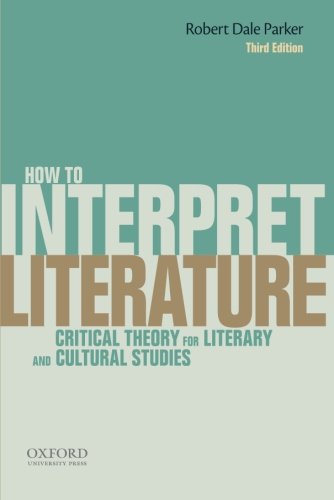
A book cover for How To Interpret Literature: Critical Theory for Literary and Cultural Studies; Robert Dale Parker; Literature & Fiction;